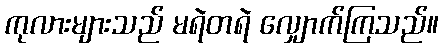
ကုလားများသည် မရဲတရဲ လျှောက်ကြသည်။